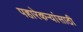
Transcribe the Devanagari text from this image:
पहारेकऱ्यांसाठी